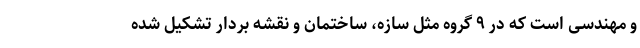
و مهندسی است که در ۹ گروه مثل سازه، ساختمان و نقشه بردار تشکیل شده